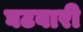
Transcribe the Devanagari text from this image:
घटवारी